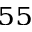
^ { 5 5 }